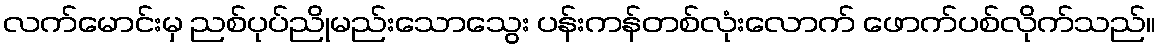
လက်မောင်းမှ ညစ်ပုပ်ညိုမည်းသောသွေး ပန်းကန်တစ်လုံးလောက် ဖောက်ပစ်လိုက်သည်။